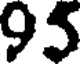
95